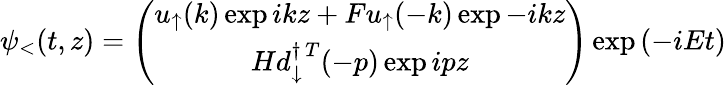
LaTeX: \psi_{<}(t,z)=\left(\begin{array}{c}{{u_{\uparrow}(k)\exp{ikz}+Fu_{\uparrow}(-k)\exp{-ikz}}}\\ {{Hd_{\downarrow}^{\dagger\, T}(-p)\exp{ipz}}}\end{array}\right)\exp{\left(-iEt\right)}